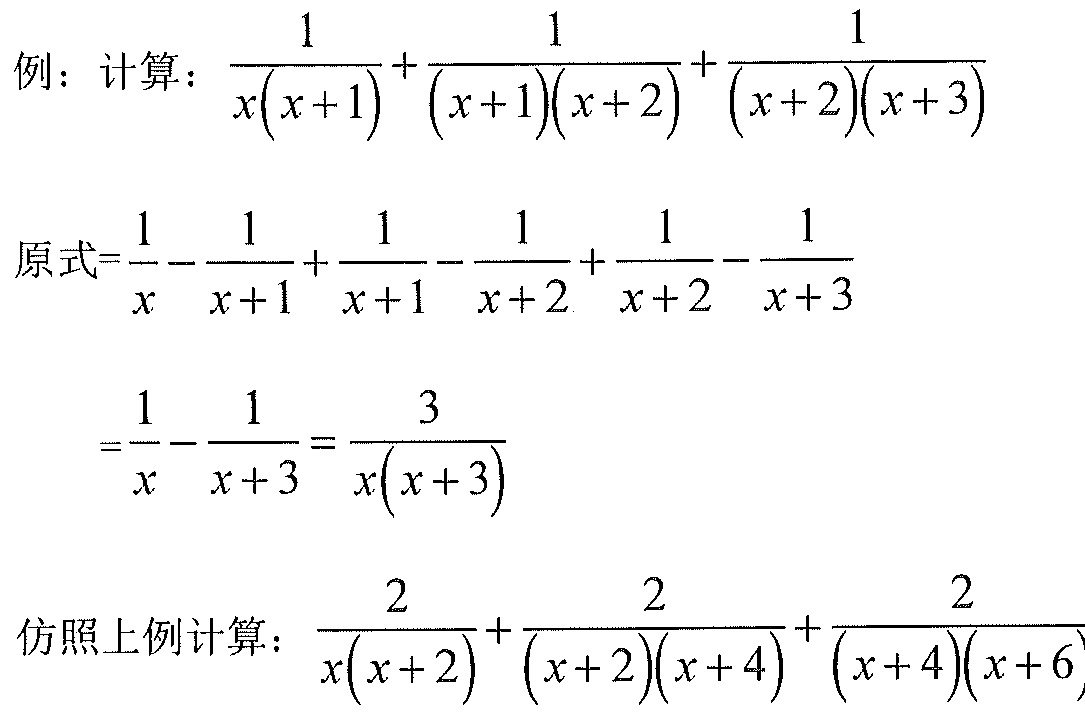
例：计算：\(\frac{1}{x(x + 1)}+\frac{1}{(x + 1)(x + 2)}+\frac{1}{(x + 2)(x + 3)}\)

原式\(=\frac{1}{x}-\frac{1}{x + 1}+\frac{1}{x + 1}-\frac{1}{x + 2}+\frac{1}{x + 2}-\frac{1}{x + 3}\)
\(=\frac{1}{x}-\frac{1}{x + 3}=\frac{3}{x(x + 3)}\)

仿照上例计算：\(\frac{2}{x(x + 2)}+\frac{2}{(x + 2)(x + 4)}+\frac{2}{(x + 4)(x + 6)}\)